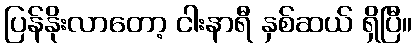
ပြန်နိုးလာတော့ ငါးနာရီ နှစ်ဆယ် ရှိပြီ။